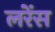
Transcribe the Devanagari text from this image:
लरेंस